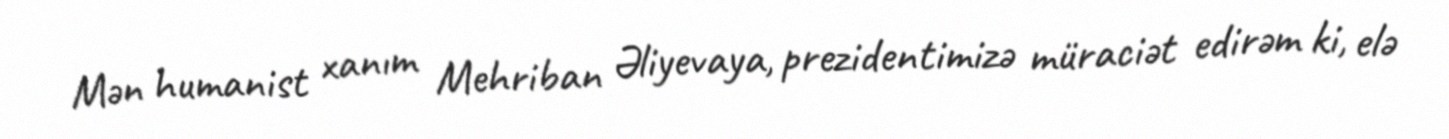
Mən humanist xanım Mehriban Əliyevaya, prezidentimizə müraciət edirəm ki, elə